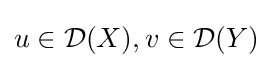
u\in {\mathcal {D}}(X),v\in {\mathcal {D}}(Y)